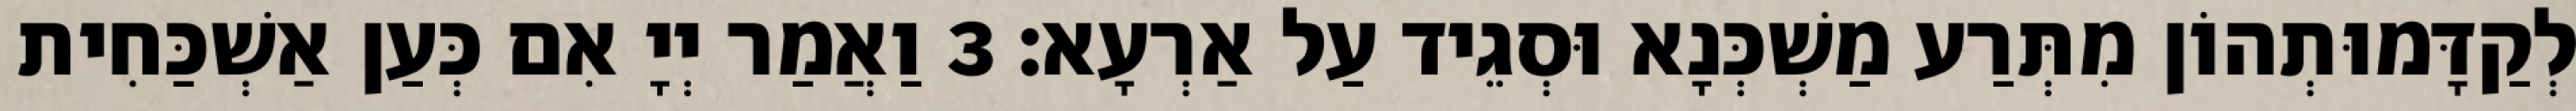
לְקַדָּמוּתְהוֹן מִתְּרַע מַשְׁכְּנָא וּסְגֵיד עַל אַרְעָא׃ 3 וַאֲמַר יְיָ אִם כְּעַן אַשְׁכַּחִית